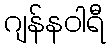
ဂျန်နဝါရီ